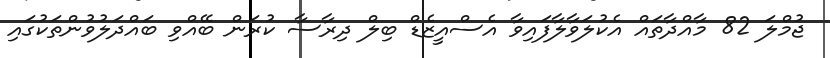
ޖުމްލަ 82 މާއްދާތައް އެކުލަވާލާފައިވާ އެސްއީޒެޑް ބިލް ދިރާސާ ކުރަން ބޭއްވި ބައްދަލުވުންތަކުގައި